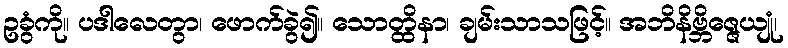
ဥခွံကို။ ပဒါလေတွာ၊ ဖောက်ခွဲ၍။ သောတ္ထိနာ၊ ချမ်းသာသဖြင့်။ အဘိနိဗ္ဘိဇ္ဇေယျုံ၊